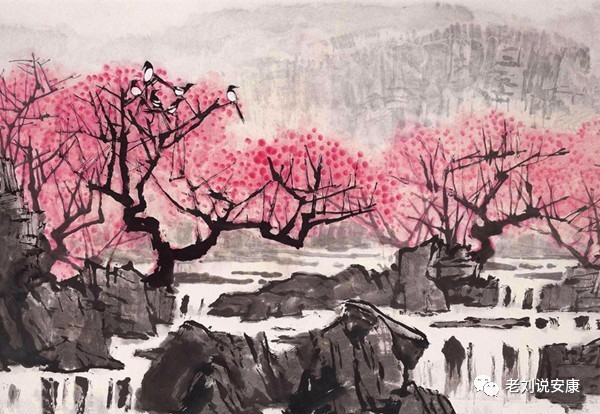
为君持酒劝斜阳，且向花间留晚照。